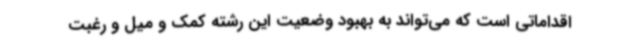
اقداماتی است که می‌تواند به بهبود وضعیت این رشته کمک و میل و رغبت